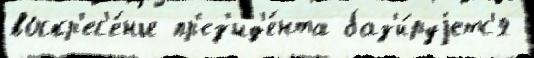
воскр'ес'е́нье пр'ез'ид'е́нта баз'и́руjетс'я